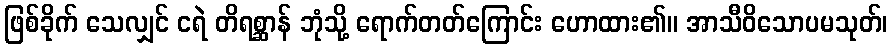
ဖြစ်ခိုက် သေလျှင် ငရဲ တိရစ္ဆာန် ဘုံသို့ ရောက်တတ်ကြောင်း ဟောထား၏။ အာသီဝိသောပမသုတ်၊